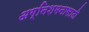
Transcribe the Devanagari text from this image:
अग्निशमनासाठी